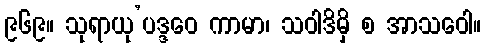
၉၆၉။ သုရာယု’ပဒ္ဒဝေ ကာမာ၊ သဝါဒိမှိ စ အာသဝေါ။